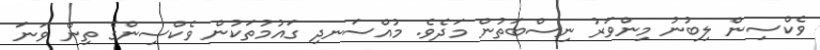
ވެކްސިން ލިބުނު މިންވަރު ނިސްބަތުން މަދެވެ. މުއްސަނދި ގައުމުތަކުން ވެކްސިންގެ ތިން ވަނަ